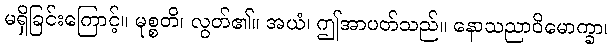
မရှိခြင်းကြောင့်။ မုစ္စတိ၊ လွတ်၏။ အယံ၊ ဤအာပတ်သည်။ နောသညာဝိမောက္ခာ၊